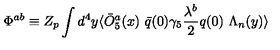
\Phi ^ { a b } \equiv Z _ { p } \int d ^ { 4 } y \langle \bar { O } _ { 5 } ^ { a } ( x ) \ \bar { q } ( 0 ) \gamma _ { 5 } { \frac { \lambda ^ { b } } { 2 } } q ( 0 ) \ \Lambda _ { n } ( y ) \rangle